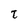
Character: t